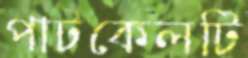
পাটকেলটি